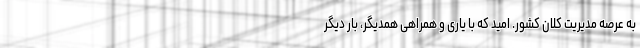
به عرصه مدیریت کلان کشور. امید که با یاری و همراهی همدیگر، بار دیگر